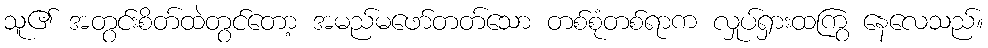
သူ၏ အတွင်းစိတ်ထဲတွင်တော့ အမည်မဖော်တတ်သော တစ်စုံတစ်ရာက လှုပ်ရှားထကြွ နေလေသည်။